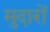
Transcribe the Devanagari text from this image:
मुदारों